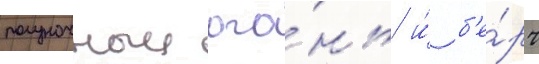
полуночныи ого́нь и́ б'е́рч